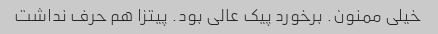
خیلی ممنون. برخورد پیک عالی بود. پیتزا هم حرف نداشت